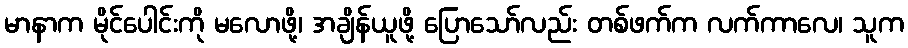
မာနာက မိုင်ပေါင်းကို မလောဖို့၊ အချိန်ယူဖို့ ပြောသော်လည်း တစ်ဖက်က လက်ကာလေ၊ သူက